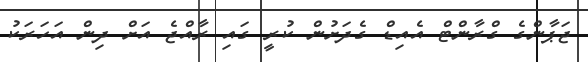
ޖަޕާންގެ ގްރާންޓް އެއިޑް ގެދަށުން ކުރީ ގައި ރާއްޖެ އަށް ދިން އަހަރަކު